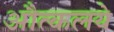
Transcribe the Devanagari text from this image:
औत्कलये